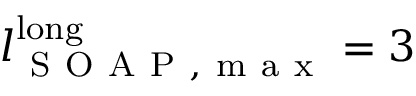
l _ { \mathrm { ~ S ~ O ~ A ~ P ~ , ~ m ~ a ~ x ~ } } ^ { \mathrm { l o n g } } = 3